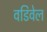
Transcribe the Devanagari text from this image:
वडिवेल